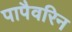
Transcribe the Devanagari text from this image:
पापैवरिन